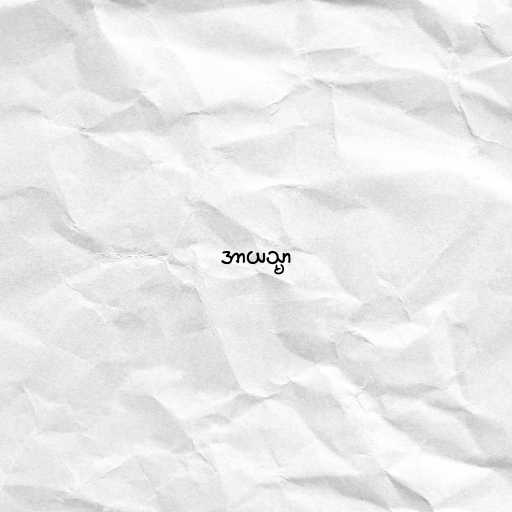
အာယသ္မာ